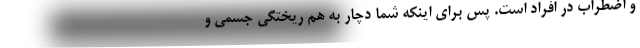
و اضطراب در افراد است. پس برای اینکه شما دچار به هم ریختگی جسمی و